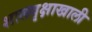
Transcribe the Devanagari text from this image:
शालवृक्षाखाली